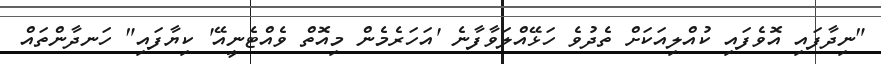
"ނިދާފައި އޮވެފައި ކުއްލިއަކަށް ތެދުވެ ހަޅޭއްލަވާފާނެ 'އަހަރެމެން މިއޮތް ވެއްޓެނީއޭ' ކިޔާފައި" ހަނދާންތައް